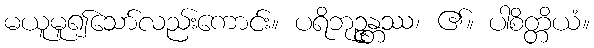
မယူမူ၍သော်လည်းကောင်း။ ပရိဘုဉ္ဇန္တဿ၊ ၏။ ပါစိတ္တိယံ။